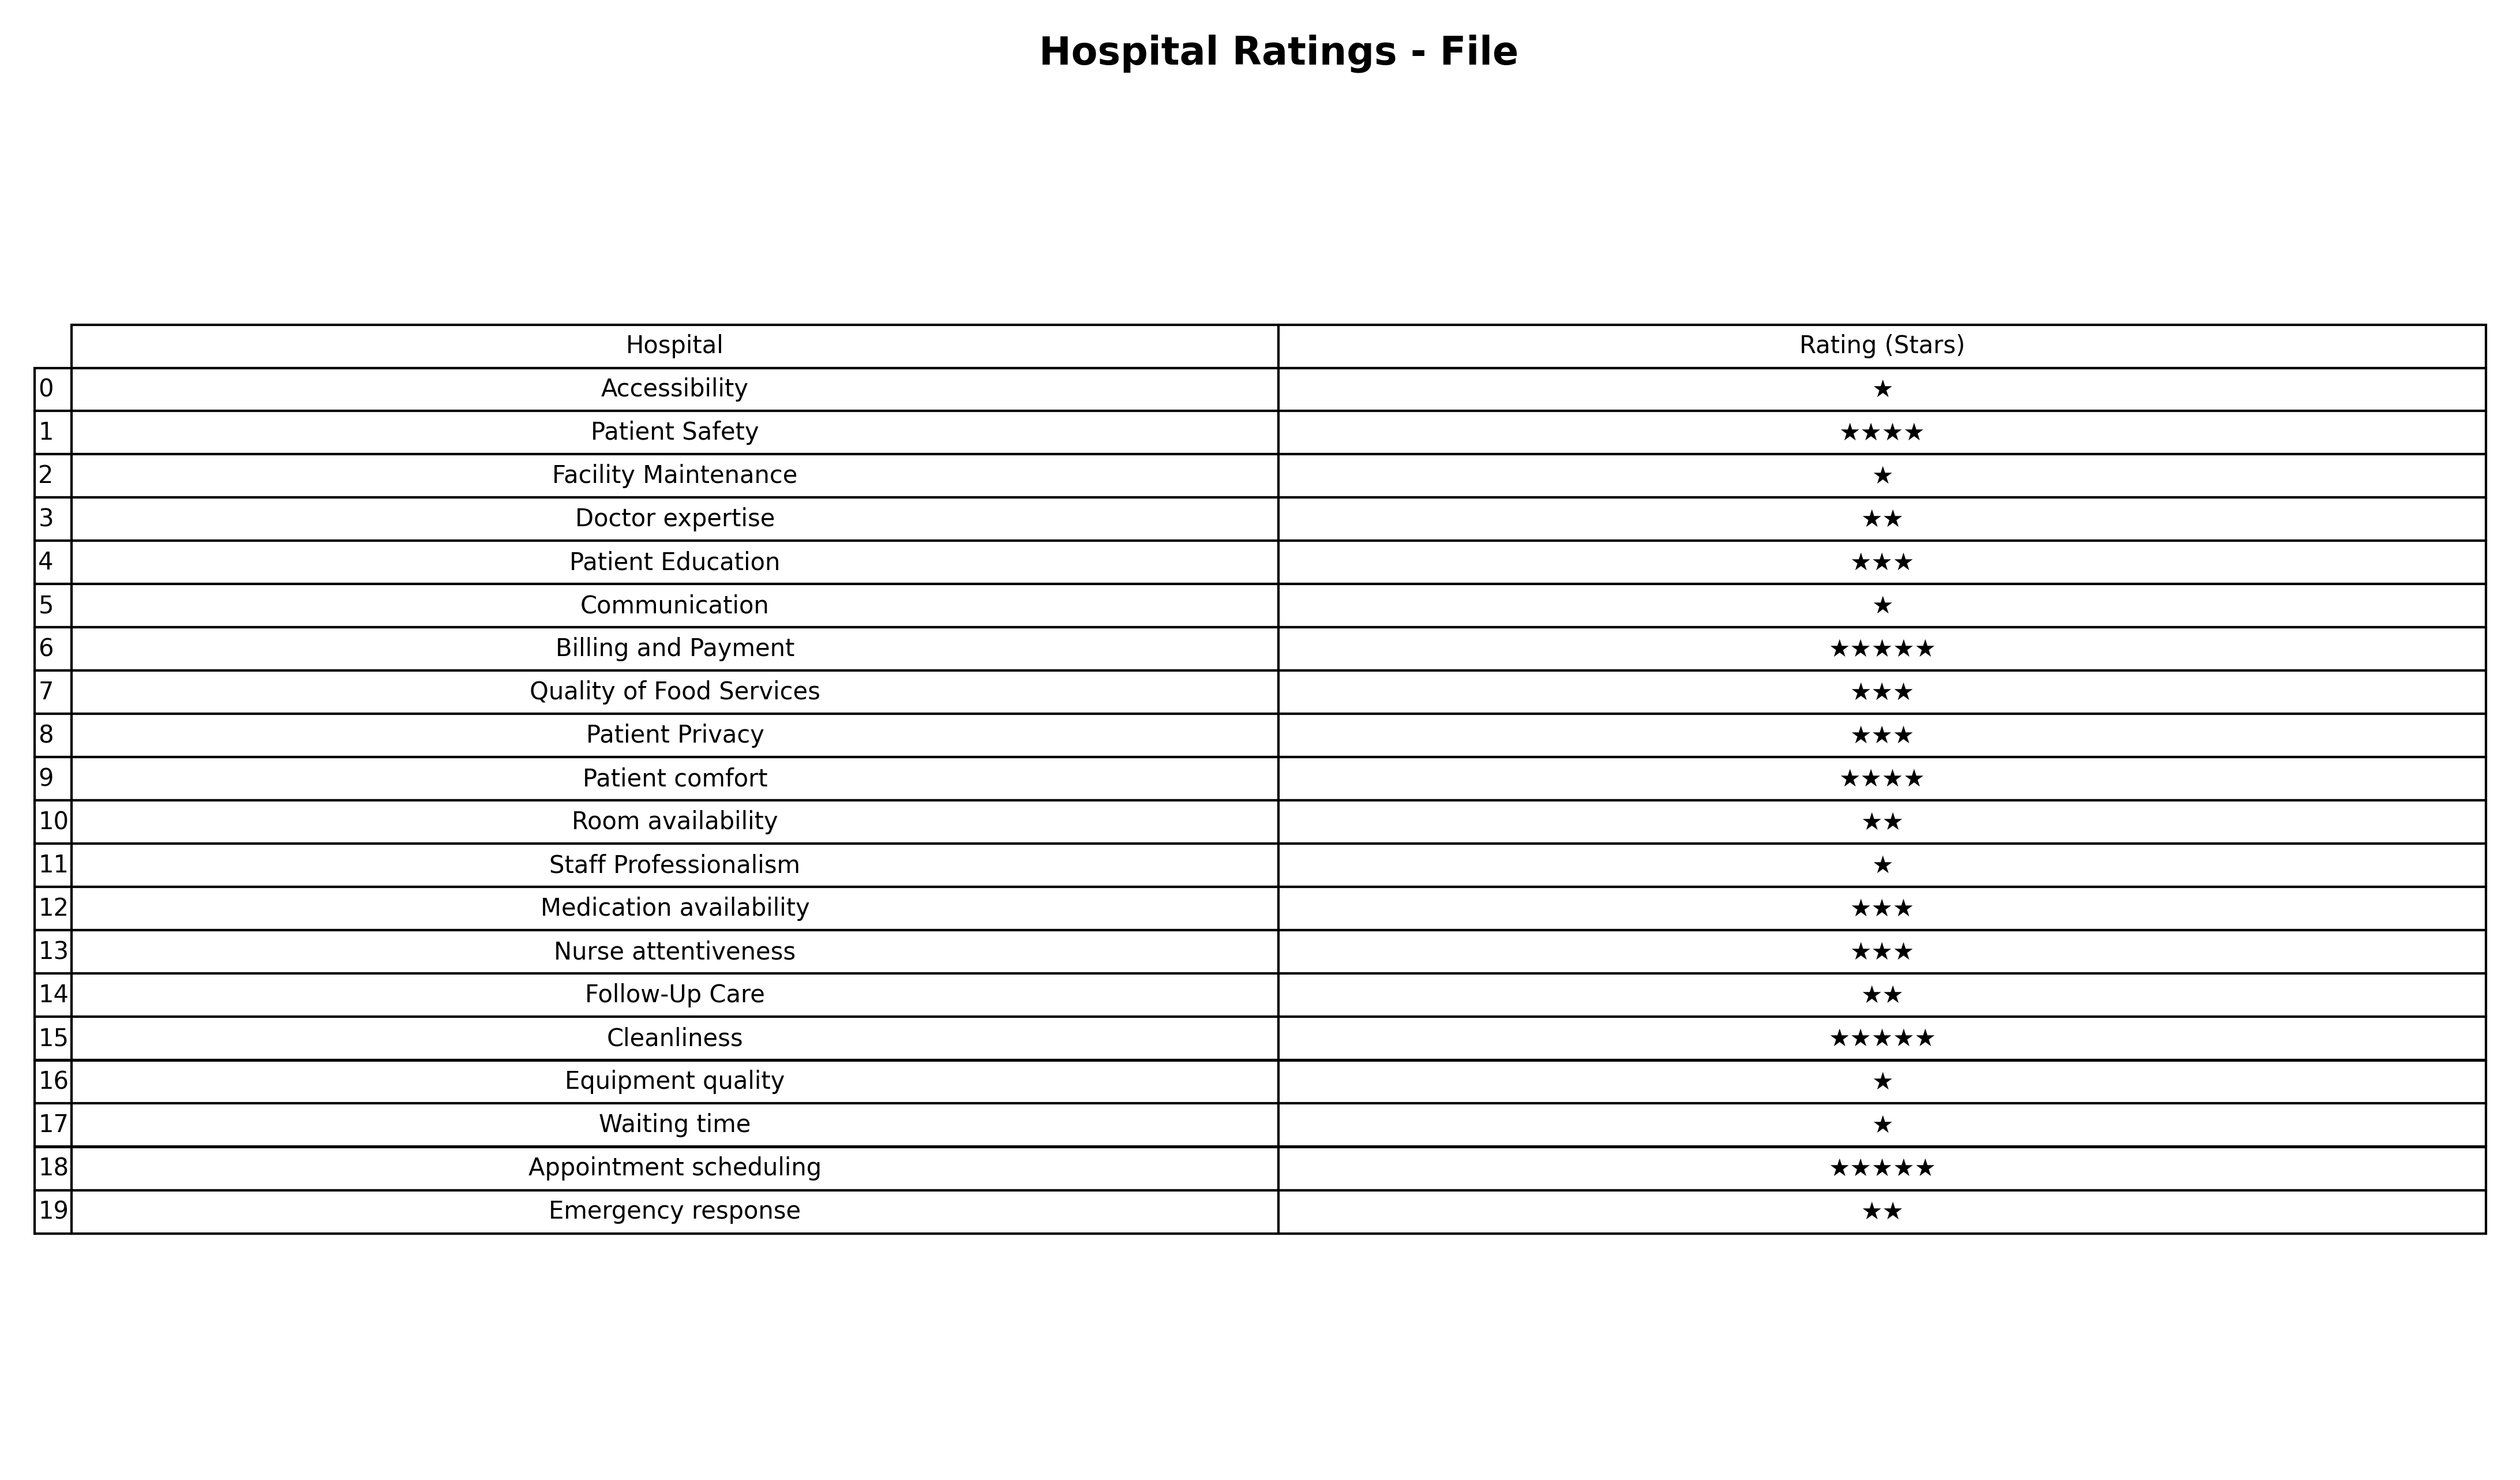
question: What is the rating of Doctor expertise?
answer: ★★